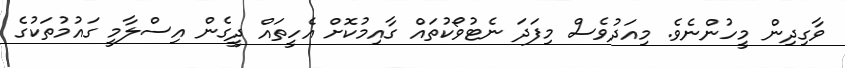
ވާގިދިން މީހުންނެވެ. މިއަދުވެސް މިފަދަ ނެޓުވޯކުތައް ގާއިމުކޮށް އެހީތައް ދީގެން އިސްލާމީ ގައުމުތަކުގެ